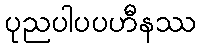
ပုညပါပပဟီနဿ